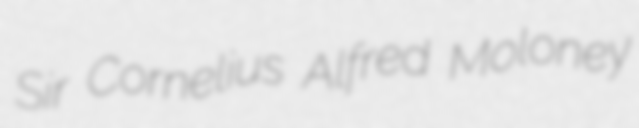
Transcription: Sir Cornelius Alfred Moloney